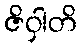
ဇိဝှါတိ